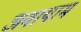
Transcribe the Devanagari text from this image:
अवायाम